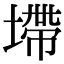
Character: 墆